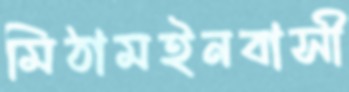
মিঠামইনবাসী